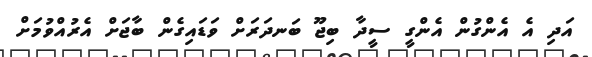
އަދި އެ އެންގުން އެންގީ ސީދާ ބިޖޫ ބަނދަރަށް ވަޑައިގެން ބާޖަށް އެރުއްވުމަށް